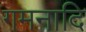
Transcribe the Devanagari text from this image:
गमनादि